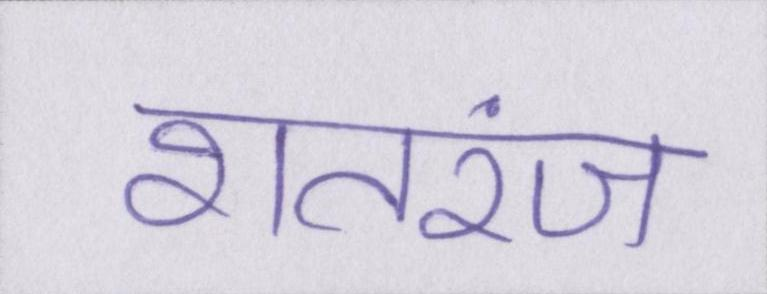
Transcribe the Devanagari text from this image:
शतरंज